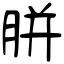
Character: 胼